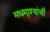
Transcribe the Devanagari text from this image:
मधमा्श्यांची